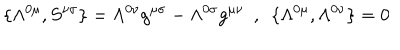
\{ \Lambda ^ { 0 \mu } , S ^ { \nu \sigma } \} = \Lambda ^ { 0 \nu } g ^ { \mu \sigma } - \Lambda ^ { 0 \sigma } g ^ { \mu \nu } ~ ~ , ~ ~ \{ \Lambda ^ { 0 \mu } , \Lambda ^ { 0 \nu } \} = 0